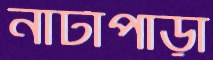
নাটাপাড়া